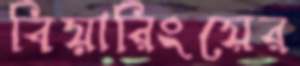
বিয়ারিংয়ের